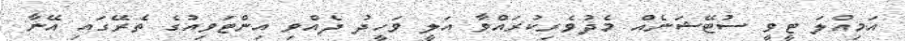
އަމިއްލަ ޓީވީ ސުޓޭޝަނެއް މެދުވެރިކުރައްވާ އަލީ ވަހީދު ދެއްވި އިންޓަވިއުގެ ތެރޭގައި އޭނާ